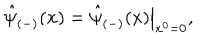
\hat { \psi } _ { ( - ) } ( { \bf x } ) = \left. \hat { \psi } _ { ( - ) } ( x ) \right| _ { x ^ { 0 } = 0 } , \; \;